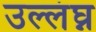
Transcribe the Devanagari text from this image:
उल्लंघ्न